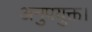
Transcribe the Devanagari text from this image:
अनुपयुक्त।